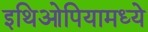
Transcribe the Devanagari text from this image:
इथिओपियामध्ये